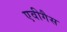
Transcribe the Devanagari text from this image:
एवीगैस